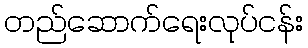
တည်ဆောက်ရေးလုပ်ငန်း